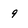
Character: 9